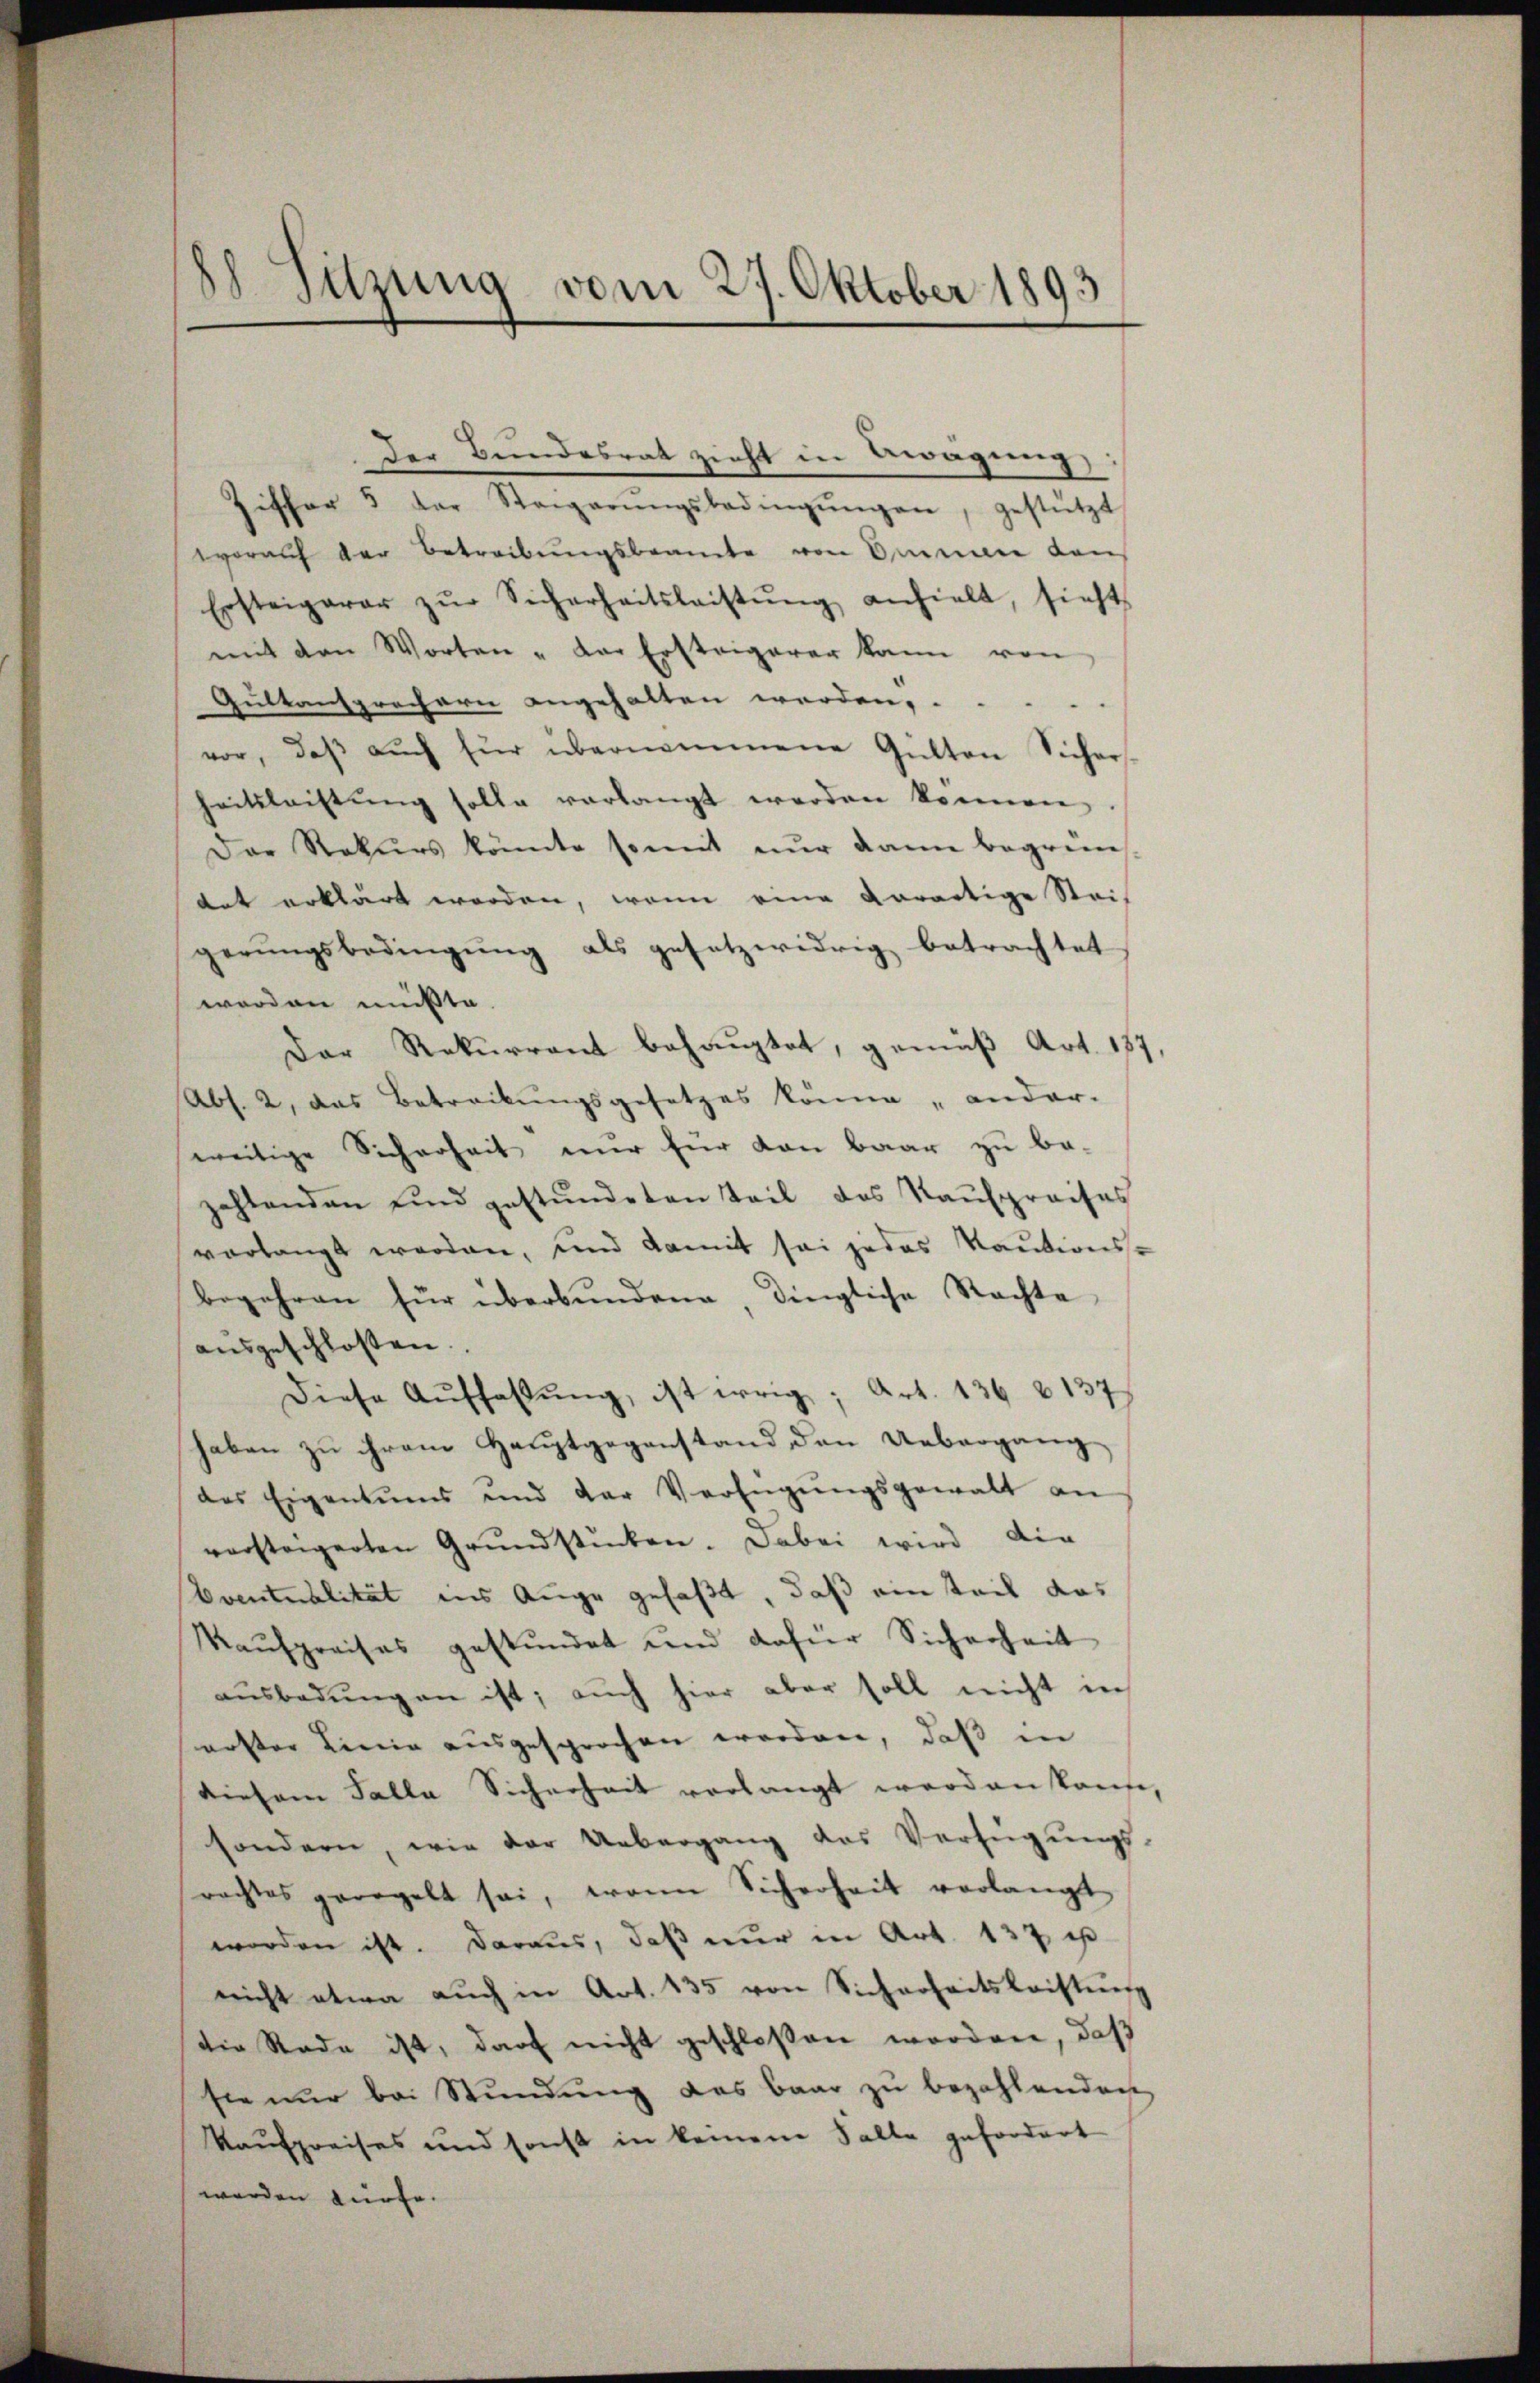
88 Sitzung vom 27. Oktober 1893

Der Bundesrat zieht in Bewägung,

Ziffer 5 der Steigerŭngsbedingŭngen, gestützt
worauf der Betreibŭngsbeamte von Ammann von
Ersteigerer zŭr Sicherheitsleistŭng anhielt, sieht
mit den Worten - Der Ersteigerer kann von
Aultansprechern angehalten werden,
vor, daβ aŭch für übernommene Gütten Sicher-
heitsleistung solle verlangt werden können,
Der Rekurs könnte somit nŭr dann begrün
tat erklärt worden, wenn eine darartige Steif
gerŭngsbedingŭng als gesetzwidrig betrachtet
worden müßte.
Der Rekurrent behauptet, gemäß Art. 187
Abs. 2, das Betreckungsgesetzes könne „ander.
weitige Sicherheit nur für dan baar zu be-
zahlenden sind gestündeten Teil des Kaŭfpreises
vorlangt worden, und damit sei jedes Kautionsbegehren für überbŭndene, dingliche Nachte
ausgeschlossen.
Diese Auffassŭng, ist weg, Art. 136 (137
haben zu ihrem Hauptgegenstand den Uebergang
des Eigentums und der Verfügŭngsgewalt an
vorsteigerten Grundstücken. Dabei wird die
Eventualität ins Auge gefaßt, daß ein teil das
Kaufpreises gestündet und dafür Sicherheit
ausbedungen ist; auch hier aber soll nicht in
erster Linie ausgesprochen worden, daß in
diesem Falle Sicherheit verlangt worden kann,
sondern, wie der Uebergang des Verfügungs-
rachtes geregelt sei, wenn Sicherheit verlangt
worden ist. Daraus, daß nur in Art. 137 u
nicht etwa auch in Art. 135 von Sicherheitsleistŭng
die Rade ist, darf nicht geschloßen worden, daß
sie nur bei Stundung des baar zu bezahlenden
Kaufpreises und sonst in keinem Falle gefordert
werden dürfe.